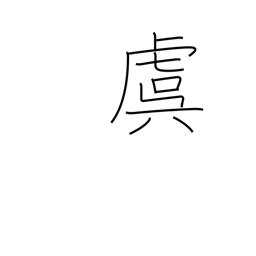
Meaning: concern